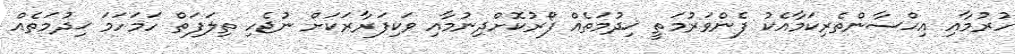
ހުރުމާއި އިޙްސާންތެރިކަމާއެކު ފެންވަރުމަތީ ޚިދުމަތެއް ފޯރުކޮށްދިނުމާއި ވަކިފަރާރަކަށް ނުޖެހި ތިލަފަތް ހަމަހަމަ ޚިދުމަތެއް